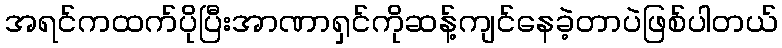
အရင်ကထက်ပိုပြီးအာဏာရှင်ကိုဆန့်ကျင်နေခဲ့တာပဲဖြစ်ပါတယ်